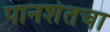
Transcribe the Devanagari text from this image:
पानशेतचा